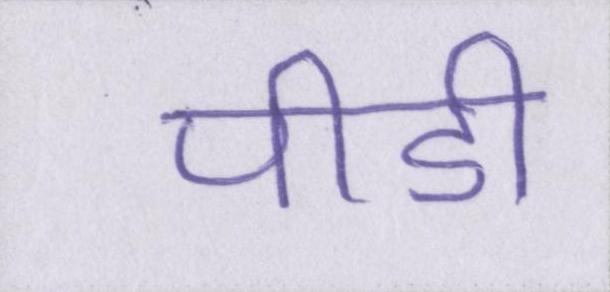
पीडी